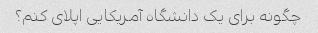
چگونه برای یک دانشگاه آمریکایی اپلای کنم؟